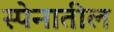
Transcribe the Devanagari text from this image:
स्पेनातील